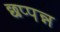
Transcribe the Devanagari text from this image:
छप्पन्न